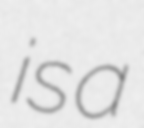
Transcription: is a